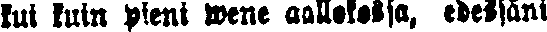
kui kuin pieni wene aallokossa, edessäni